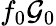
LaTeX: f_{0}\mathcal{G}_{0}